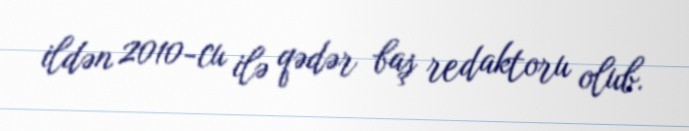
ildən 2010-cu ilə qədər baş redaktoru olub.